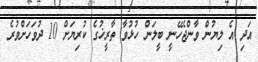
އަދި އެ ލިޔުން ވާންޖެހޭނީ ބީލަން ހުޅުވާ ތާރީޚުގެ ކުރިޔަށް 10 ދުވަހަށްވުރެ